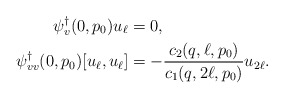
\begin{align*} \psi^\dagger_v(0,p_0)u_\ell &= 0,\\ \psi^\dagger_{vv}(0,p_0)[u_\ell,u_\ell] &= - \frac{c_2(q,\ell,p_0)}{c_1(q,2\ell,p_0)} u_{2\ell}.\end{align*}